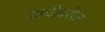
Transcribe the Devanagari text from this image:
चोचीवरील